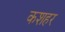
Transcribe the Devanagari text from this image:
कशहर